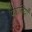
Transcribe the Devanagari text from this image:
प्यालियाँ